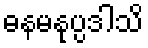
ဓနမနုပ္ပဒါသိ